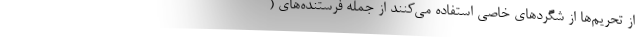
از تحریم‌ها از شگردهای خاصی استفاده می‌کنند از جمله فرستنده‌های (